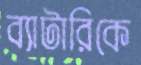
ব্যাটারিকে